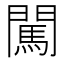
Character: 闖